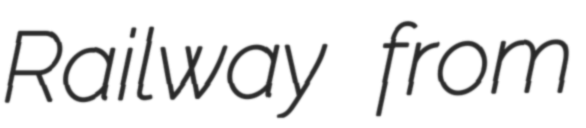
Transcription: Railway from